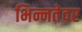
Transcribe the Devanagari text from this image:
भिन्नतेवर